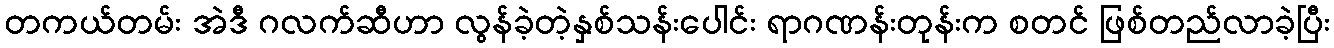
တကယ်တမ်း အဲဒီ ဂလက်ဆီဟာ လွန်ခဲ့တဲ့နှစ်သန်းပေါင်း ရာဂဏန်းတုန်းက စတင် ဖြစ်တည်လာခဲ့ပြီး